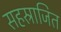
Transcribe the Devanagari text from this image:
सहस्राजित